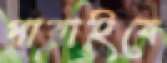
পারাইবে